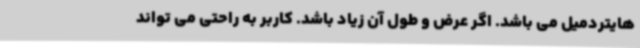
هایتردمیل می باشد. اگر عرض و طول آن زیاد باشد. کاربر به راحتی می تواند